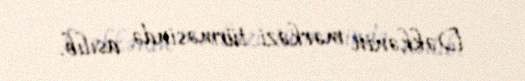
Dəkkənin mərkəzi türməsində asılıb.